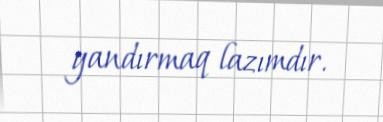
yandırmaq lazımdır.